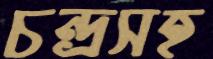
চন্দ্রসহ